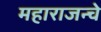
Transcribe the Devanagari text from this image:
महाराजन्चे